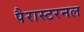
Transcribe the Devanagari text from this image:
पैरास्टरनल